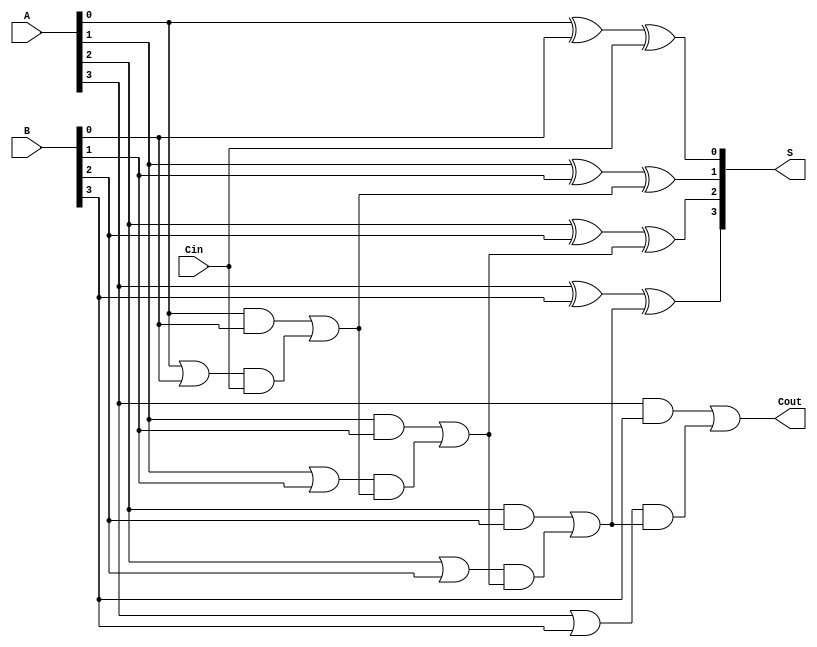
module RCLA #(
    parameter N = 4 // Number of bits for the adder
)(
    input  [N-1:0] A,      // First operand
    input  [N-1:0] B,      // Second operand
    input         Cin,      // Carry-in
    output [N-1:0] S,       // Sum output
    output        Cout       // Carry-out output
);

    // Generate and Propagate signals
    wire [N-1:0] G; // Generate signals
    wire [N-1:0] P; // Propagate signals
    wire [N:0] C;   // Carry signals (C[0] is Cin, C[N] is Cout)

    // Generate and Propagate calculations
    genvar i;
    generate
        for (i = 0; i < N; i = i + 1) begin: gen_prop
            assign G[i] = A[i] & B[i]; // Gi = Ai * Bi
            assign P[i] = A[i] | B[i]; // Pi = Ai + Bi
        end
    endgenerate

    // Carry signals calculations
    assign C[0] = Cin; // C0 = Cin
    generate
        for (i = 0; i < N; i = i + 1) begin: carry_calc
            if (i == 0) begin
                assign C[i + 1] = G[i] | (P[i] & C[i]); // C1 = G0 + P0 * C0
            end else begin
                assign C[i + 1] = G[i] | (P[i] & C[i]); // Ci+1 = Gi + Pi * Ci
            end
        end
    endgenerate

    // Sum calculations
    generate
        for (i = 0; i < N; i = i + 1) begin: sum_calc
            assign S[i] = A[i] ^ B[i] ^ C[i]; // Si = Ai ^ Bi ^ Ci
        end
    endgenerate

    // Carry-out assignment
    assign Cout = C[N]; // Cout = CN

endmodule